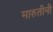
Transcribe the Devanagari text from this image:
मारुतीनी